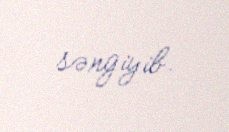
səngiyib.